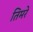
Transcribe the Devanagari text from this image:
तिमरे